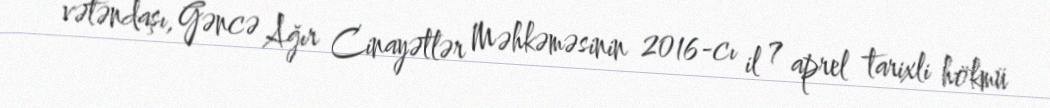
vətəndaşı, Gəncə Ağır Cinayətlər Məhkəməsinin 2016-cı il 7 aprel tarixli hökmü